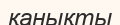
қанықты